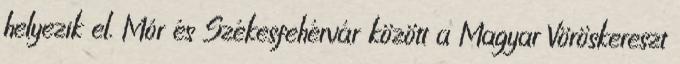
helyezik el. Mór és Székesfehérvár között a Magyar Vöröskereszt